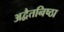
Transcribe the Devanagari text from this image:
अद्वैतनिष्ठा